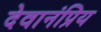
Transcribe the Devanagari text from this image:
देवानंप्रिय